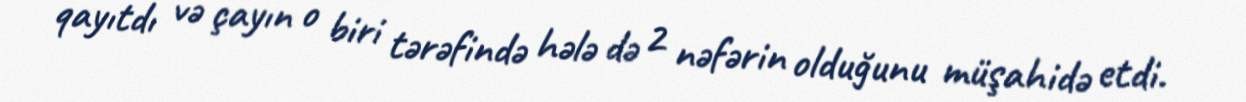
qayıtdı və çayın o biri tərəfində hələ də 2 nəfərin olduğunu müşahidə etdi.